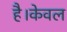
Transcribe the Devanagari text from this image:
है।केवल